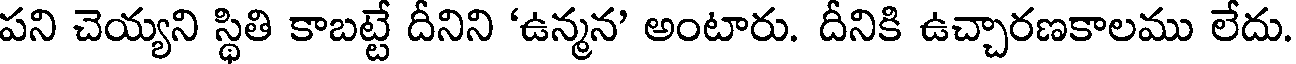
పని చెయ్యని స్థితి కాబట్టే దీనిని 'ఉన్మన' అంటారు. దీనికి ఉచ్చారణకాలము లేదు.